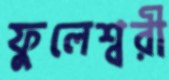
ফুলেশ্বরী